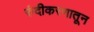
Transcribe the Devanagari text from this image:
रुंदीकरणातून